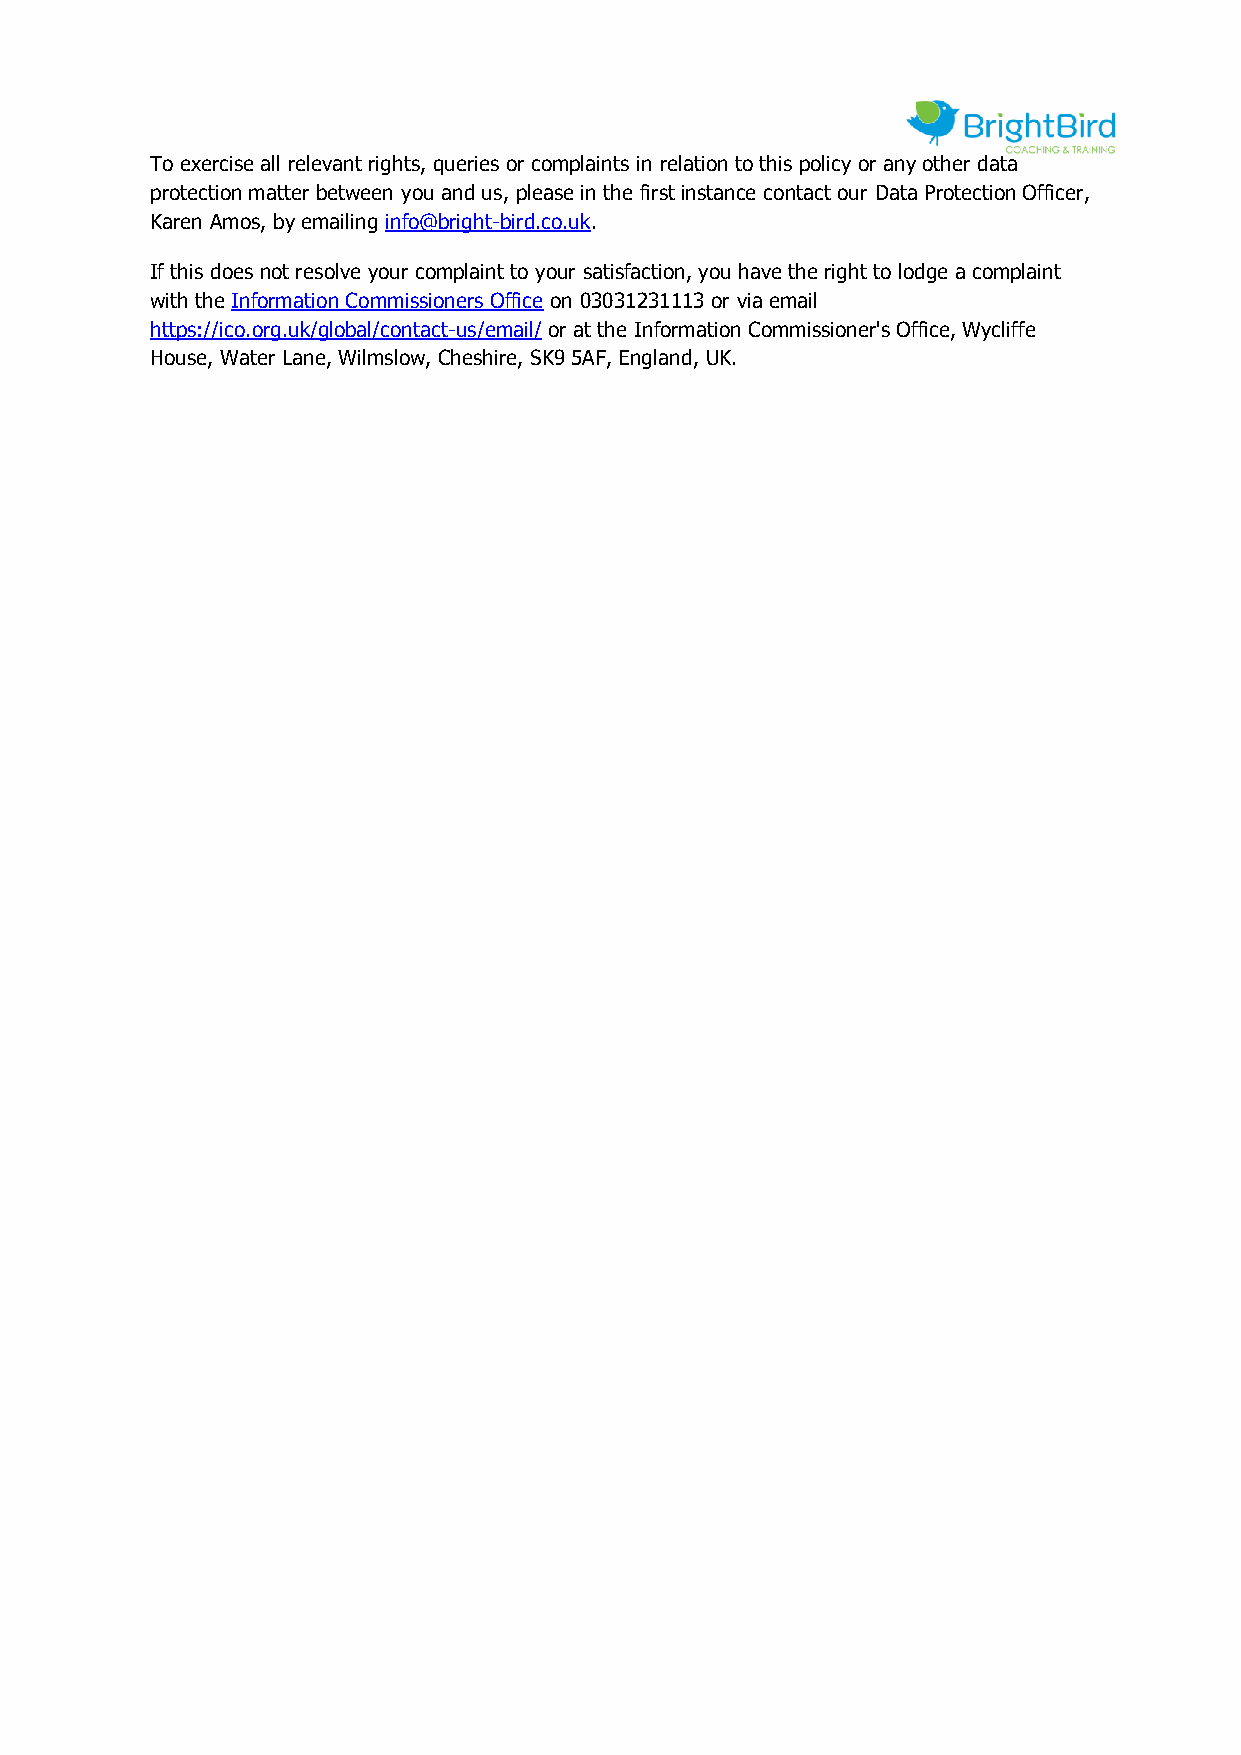
To exercise all relevant rights, queries or complaints in relation to this policy or any other data
 protection matter between you and us, please in the first instance contact our Data Protection Officer,
 Karen Amos, by emailing info@bright-bird.co.uk.
 If this does not resolve your complaint to your satisfaction, you have the right to lodge a complaint
 with the Information Commissioners Office on 03031231113 or via email
 https://ico.org.uk/global/contact-us/email/ or at the Information Commissioner's Office, Wycliffe
 House, Water Lane, Wilmslow, Cheshire, SK9 5AF, England, UK.